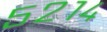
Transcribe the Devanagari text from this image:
५२१४